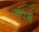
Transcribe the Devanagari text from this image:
सपनें